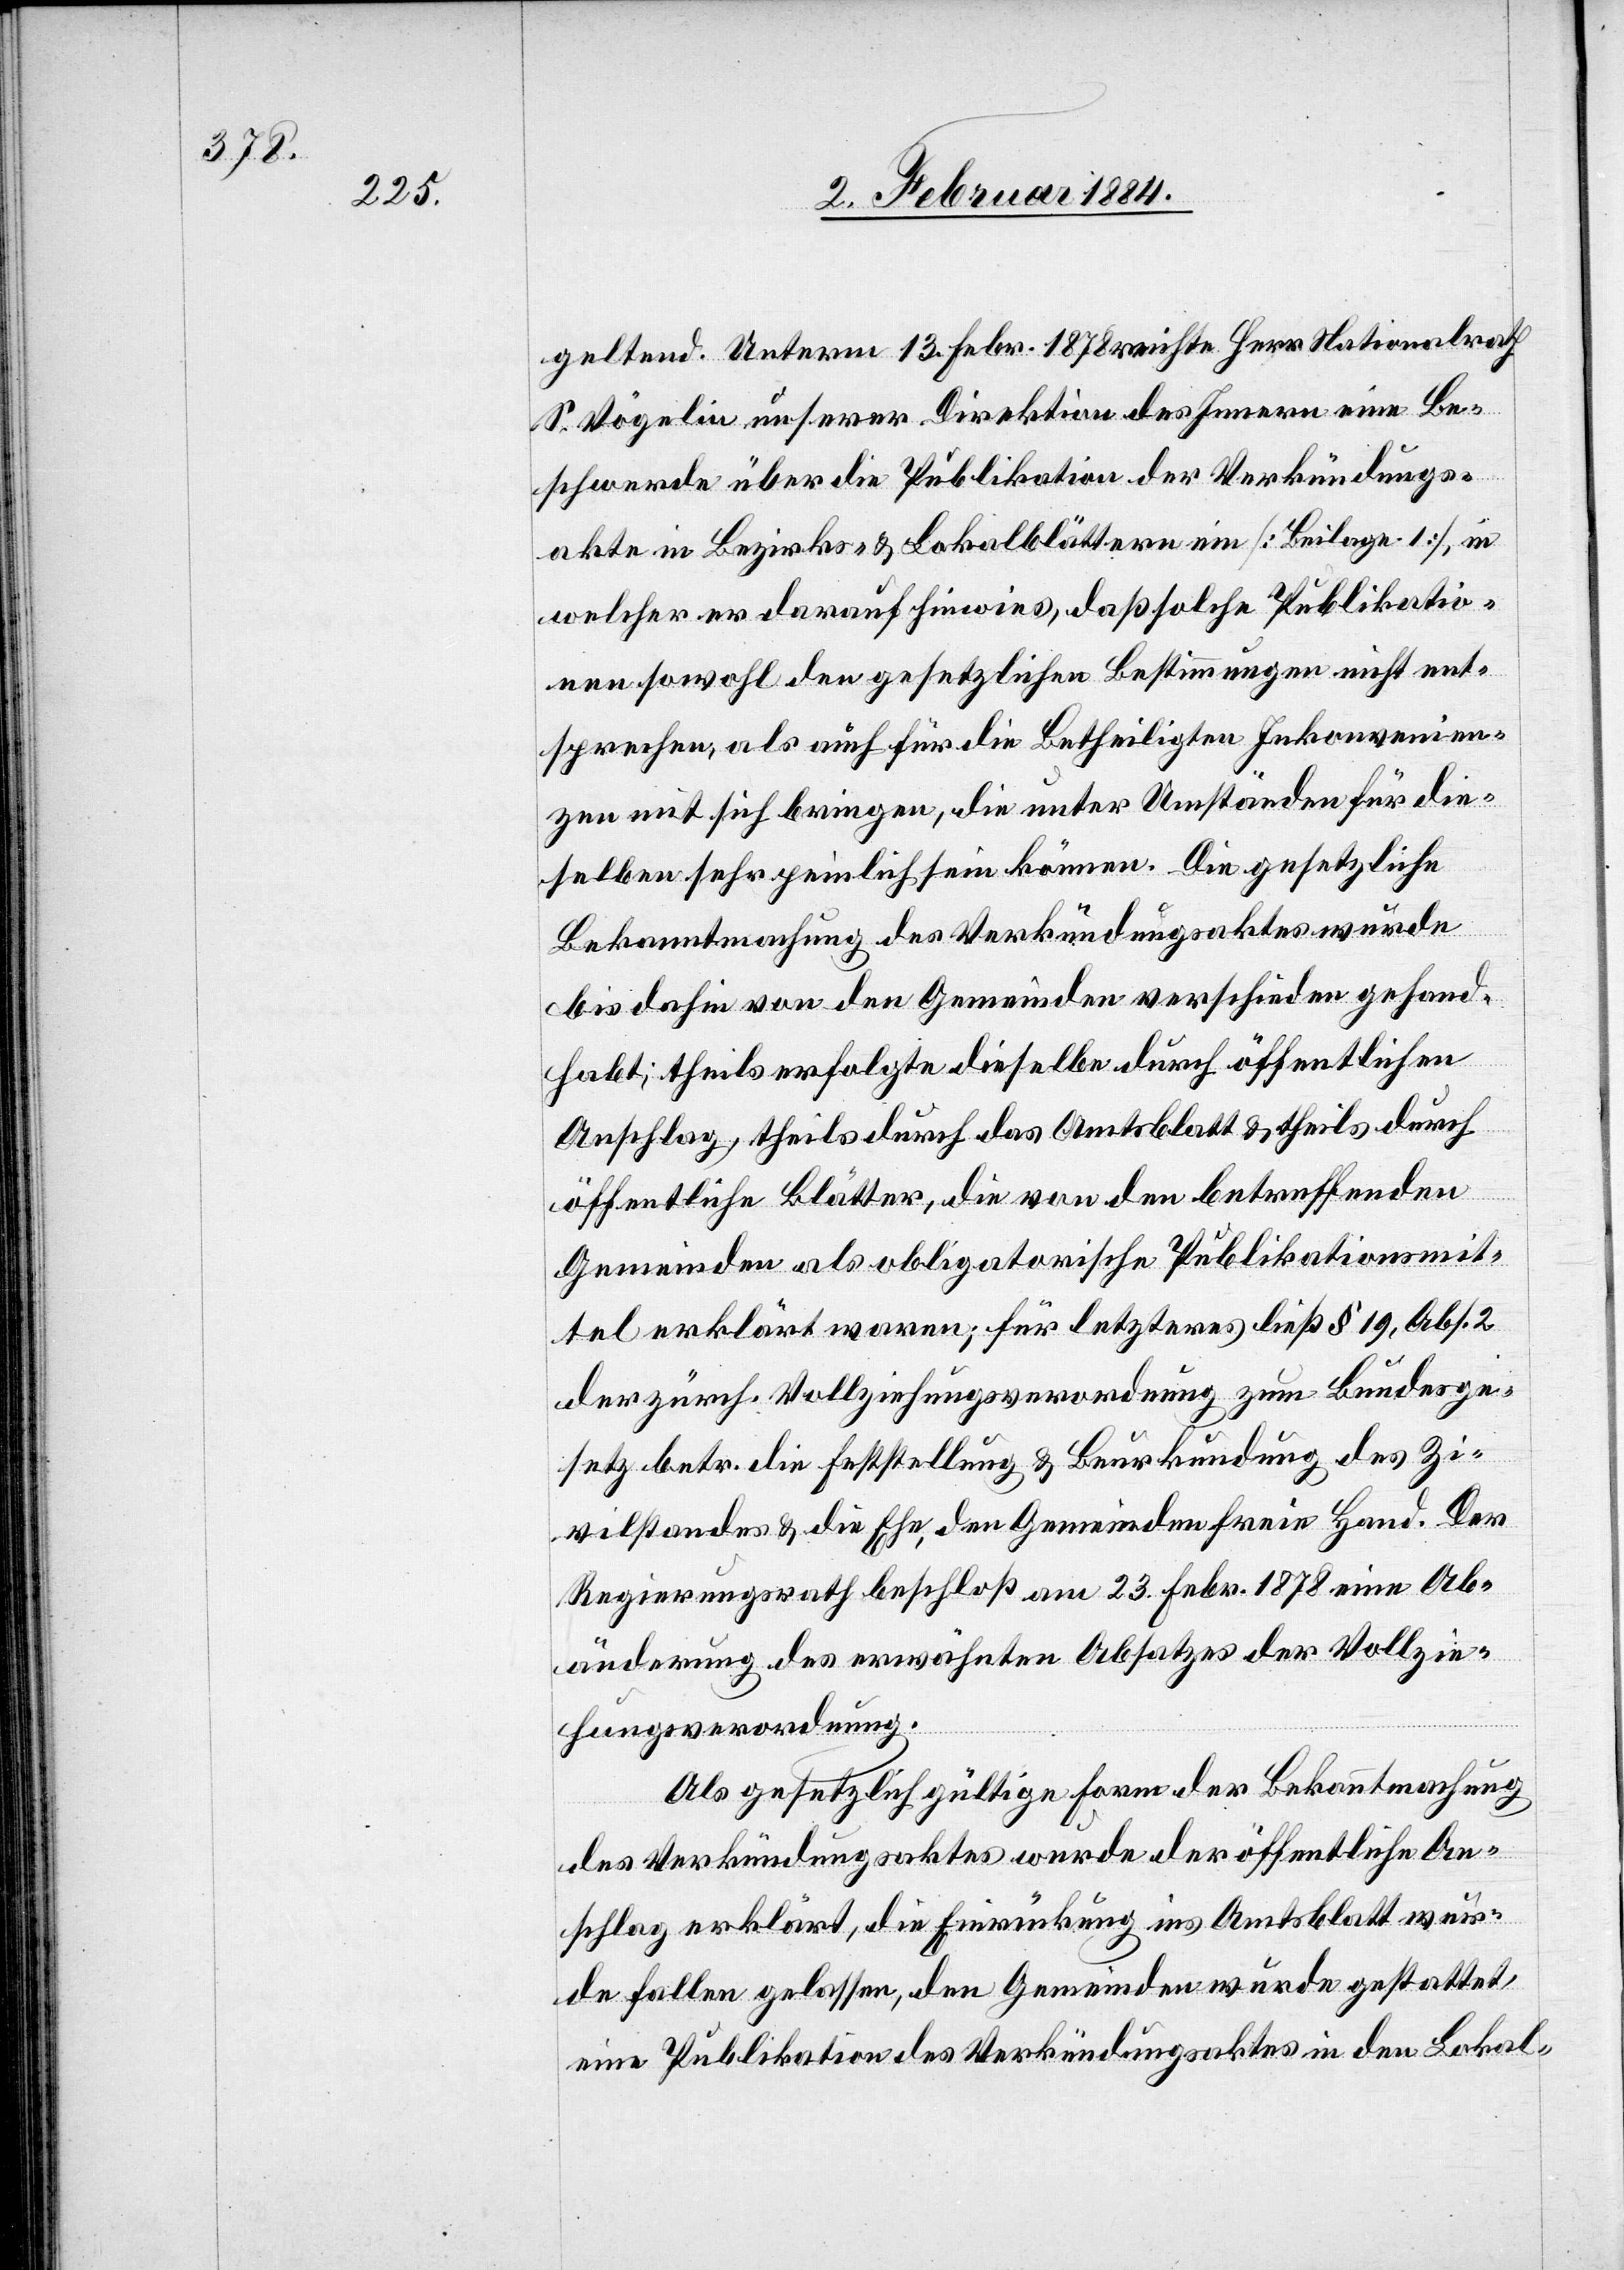
geltend. Unterm 13. Febr. 1878 reichte Herr Nationalrath
S. Vögelin unserer Direktion des Innern eine Be¬
schwerde über die Publikation der Verkündungs¬
akte in Bezirks- & Lokalblättern ein [Beilage 1], in
welcher er darauf hinwies, daß solche Publikatio¬
nen sowol den gesetzlichen Bestimmungen nicht ent¬
sprechen, als auch für die Betheiligten Inkonvenien¬
zen mit sich bringen, die unter Umständen für die¬
selben sehr peinlich sein können. Die gesetzliche
Bekanntmachung des Verkündungsaktes wurde
bis dahin von den Gemeinden verschieden gehand¬
habt; theils erfolge dieselbe durch öffentlichen
Anschlag, theils durch das Amtsblatt & theils durch
öffentliche Blätter, die von den betreffenden
Gemeinden als obligatorische Publikationsmit¬
tel erklärt waren; für letzteres ließ § 19, Abs. 2
der zürch. Vollziehungsverordnung zum Bundesge¬
setz betr. die Feststellung & Beurkundung des Zi¬
vilstandes & die Ehe, den Gemeinden freie Hand. Der
Regierungsrath beschloß am 23. Febr. 1878 eine Ab¬
änderung des erwähnten Absatzes der Vollzie¬
hungsverordnung.
Als gesetzlich gültige Form der Bekanntmachung
des Verkündungsaktes wurde der öffentlichen An¬
schlag erklärt, die Einrückung ins Amtsblatt wur¬
de fallen gelassen, den Gemeinden wurde gestattet,
eine Publikation des Verkündungsaktes in den Lokal-